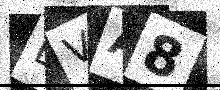
Text: EVA8